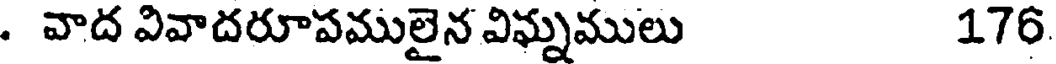
. వాద వివాదరూపములైన విఘ్నములు 176